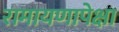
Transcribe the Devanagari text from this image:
रामायणापेक्षा